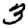
Digit: 3